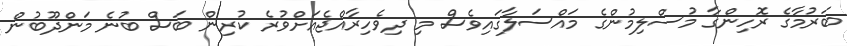
ބަރުމާގެ ރޮހިންގާ މުސްލިމުންގެ މައްސަލާގައިވެސް މި ދިވެހިރާއްޖެއަށްވުރެ ކުރިން ބަސް ބުނެ މަންދޫބުން